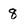
Character: 8